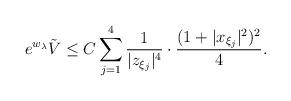
LaTeX: \begin{align*}e^{w_{\lambda}}\tilde{V}\leq C\sum\limits_{j=1}^4 \frac{1}{|z_{\xi_j}|^4}\cdot \frac{(1+|x_{\xi_j}|^2)^2}{4}.\end{align*}